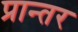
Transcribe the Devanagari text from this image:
प्रान्तर